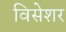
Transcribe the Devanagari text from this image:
विसेशर